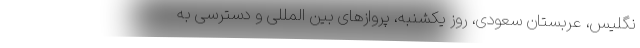
نگلیس، عربستان سعودی، روز یکشنبه، پرواز‌های بین المللی و دسترسی به